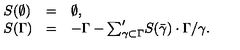
\begin{array} { l l l } { S ( \emptyset ) } & { = } & { \emptyset , } \\ { S ( \Gamma ) } & { = } & { - \Gamma - { \sum } _ { \gamma \subset \Gamma } ^ { \prime } S ( \bar { \gamma } ) \cdot \Gamma / \gamma . } \\ \end{array}